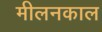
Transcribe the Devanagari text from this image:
मीलनकाल